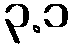
၃.၁